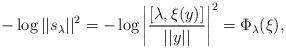
LaTeX: \begin{align*}-\log || s_\lambda ||^2 = -\log \left| \frac{ [ \lambda , \xi( y )] }{ || y ||} \right|^2 = \Phi_\lambda(\xi),\end{align*}